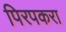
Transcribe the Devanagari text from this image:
पिरपकरा